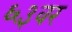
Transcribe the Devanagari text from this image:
६३वर